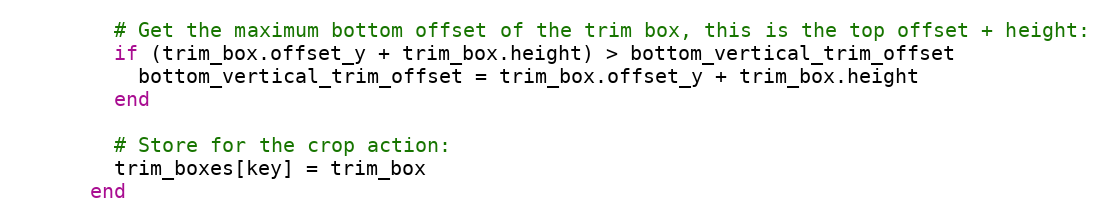
Language: Ruby
        # Get the maximum bottom offset of the trim box, this is the top offset + height:
        if (trim_box.offset_y + trim_box.height) > bottom_vertical_trim_offset
          bottom_vertical_trim_offset = trim_box.offset_y + trim_box.height
        end

        # Store for the crop action:
        trim_boxes[key] = trim_box
      end